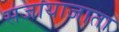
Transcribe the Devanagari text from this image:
सजायाजाता